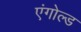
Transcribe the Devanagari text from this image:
एंगोल्ड